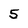
Character: 5